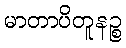
မာတာပိတူနဉ္စ